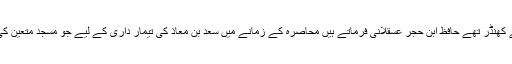
س مسجد کے متصل بنو قریظہ کے کھنڈر تھے حافظ ابن حجر عسقلانی فرماتے ہیں محاصرہ کے زمانے میں سعد بن معاذ کی تیمار داری کے لیے جو مسجد متعین کی گئی تھی وہ بظاہر یہی مسجد ہے۔